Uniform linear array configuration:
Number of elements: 32
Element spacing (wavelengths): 0.75
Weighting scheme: blackman
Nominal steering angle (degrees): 30
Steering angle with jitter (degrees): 28.849
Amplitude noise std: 0.05
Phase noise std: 0.05

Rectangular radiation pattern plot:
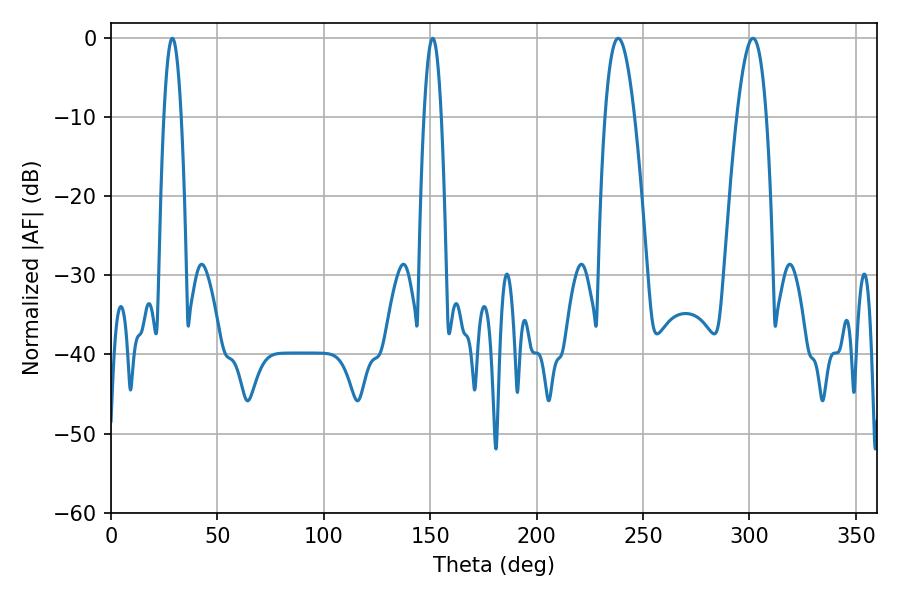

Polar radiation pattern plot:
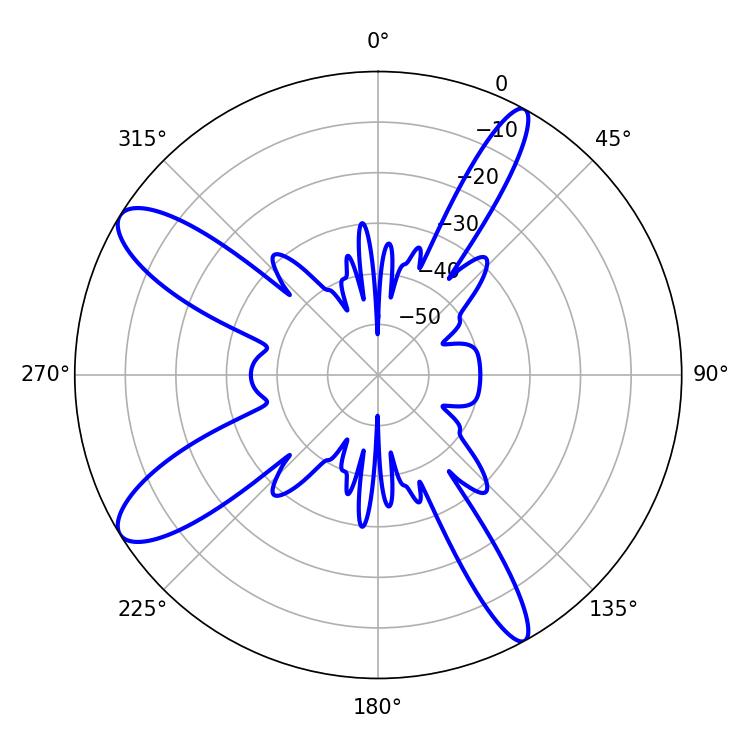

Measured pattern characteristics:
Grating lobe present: TRUE
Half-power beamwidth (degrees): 7.56
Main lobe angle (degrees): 238.32